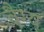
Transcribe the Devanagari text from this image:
वैग्य